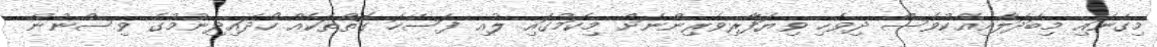
މިގެނައި މިބަދަލާއިއެކުވެސް ދިވެހި ވިޔަފާރިވެރިންނަށް މިކަމުގައި ލުއި ފަސޭހަ ގޮތްތަކެއް ހޯދައިދިނުމުގެ ވިސްނުން